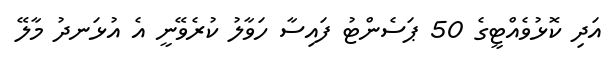
އަދި ކޮޅުވެއްޓީގެ 50 ޕަސެންޓު ފައިސާ ހަވާލު ކުރެވޭނީ އެ އުޅަނދު މާލޭ